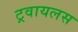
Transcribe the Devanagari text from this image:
ट्रवायलस